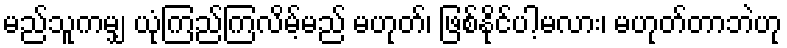
မည်သူကမျှ ယုံကြည်ကြလိမ့်မည် မဟုတ်၊ ဖြစ်နိုင်ပါ့မလား၊ မဟုတ်တာဘဲဟု